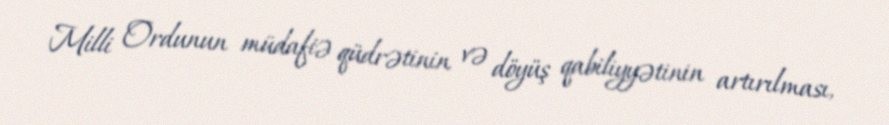
Milli Ordunun müdafiə qüdrətinin və döyüş qabiliyyətinin artırılması,